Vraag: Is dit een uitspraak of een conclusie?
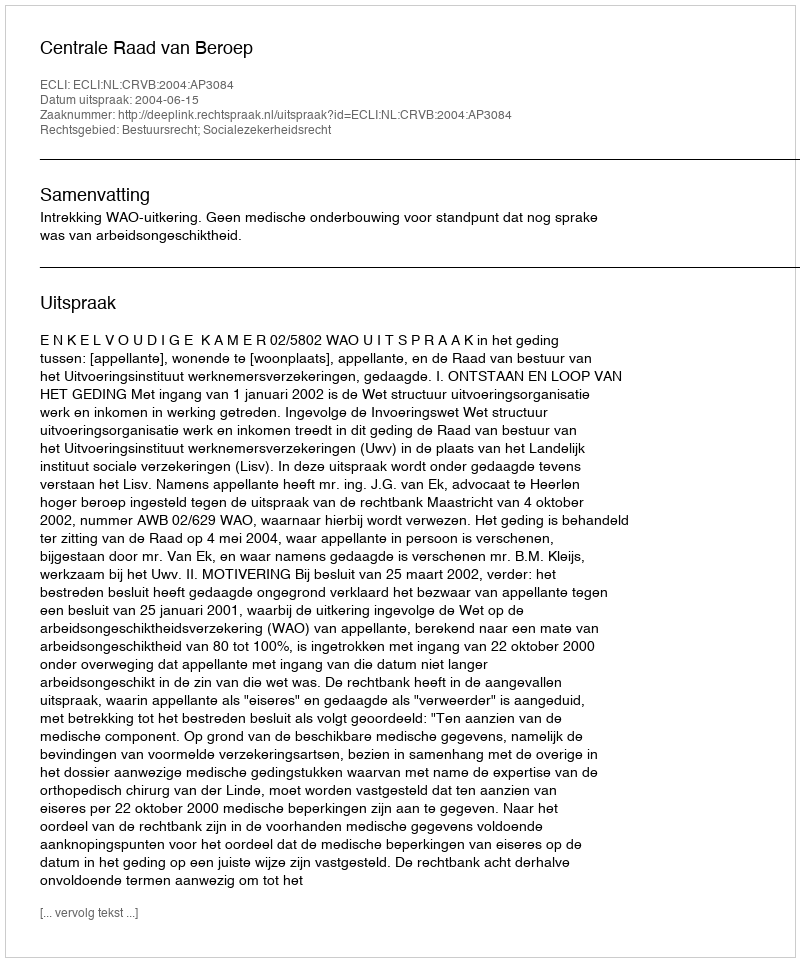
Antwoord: Uitspraak